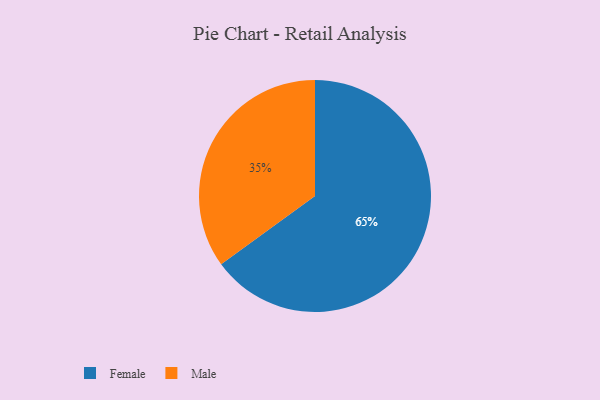
{"axis": {"x": "Category", "y": "Percentage"}, "legend": ["Female", "Male"], "data": [{"x": "Male", "y": 35, "type": "Male"}, {"x": "Female", "y": 65, "type": "Female"}]}